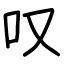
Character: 叹